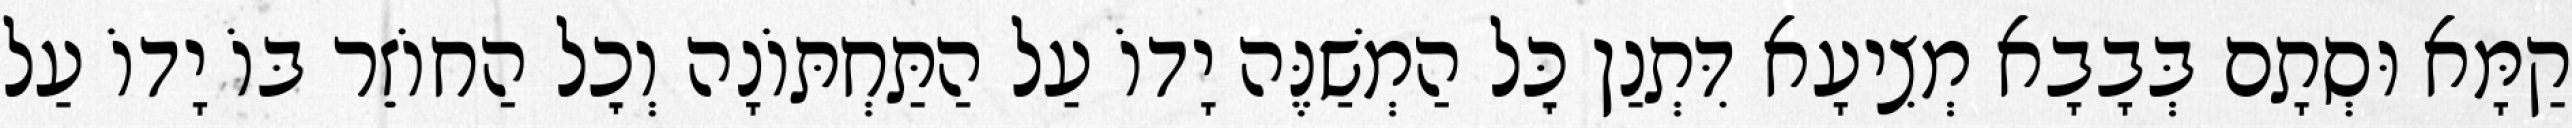
קַמָּא וּסְתָם בְּבָבָא מְצִיעָא דִּתְנַן כׇּל הַמְשַׁנֶּה יָדוֹ עַל הַתַּחְתּוֹנָה וְכׇל הַחוֹזֵר בּוֹ יָדוֹ עַל